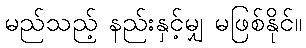
မည်သည့် နည်းနှင့်မျှ မဖြစ်နိုင်။